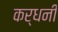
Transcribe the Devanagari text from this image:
कर्धनी